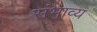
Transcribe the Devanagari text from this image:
संभाव्‍य